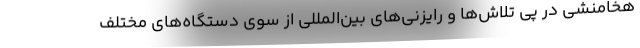
هخامنشی در پی تلاش‌ها و رایزنی‌های بین‌المللی از سوی دستگاه‌های مختلف